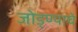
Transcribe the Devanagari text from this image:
जोड्ण्याचे